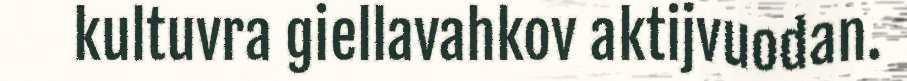
kultuvra giellavahkov aktijvuodan.